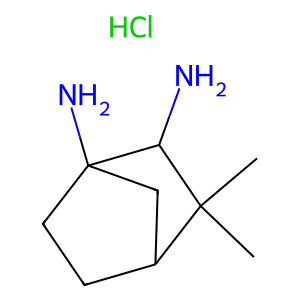
SMILES: CC1(C)C2CCC(N)(C2)C1N.Cl
Inhibits HIV replication: No